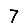
Digit: 7